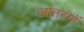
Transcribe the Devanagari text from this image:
आंतरंगों